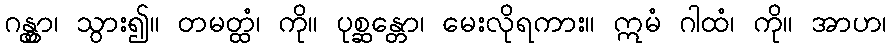
ဂန္တွာ၊ သွား၍။ တမတ္ထံ၊ ကို။ ပုစ္ဆန္တော၊ မေးလိုရကား။ ဣမံ ဂါထံ၊ ကို။ အာဟ၊